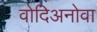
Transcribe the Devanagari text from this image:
वोदिअनोवा